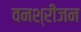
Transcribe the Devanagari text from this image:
वनश्रीजन